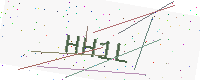
Text: HH1L